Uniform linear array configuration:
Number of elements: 4
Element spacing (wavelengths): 0.75
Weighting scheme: exponential
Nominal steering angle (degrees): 0
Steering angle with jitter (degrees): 1.25
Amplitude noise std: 0.05
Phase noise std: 0.05

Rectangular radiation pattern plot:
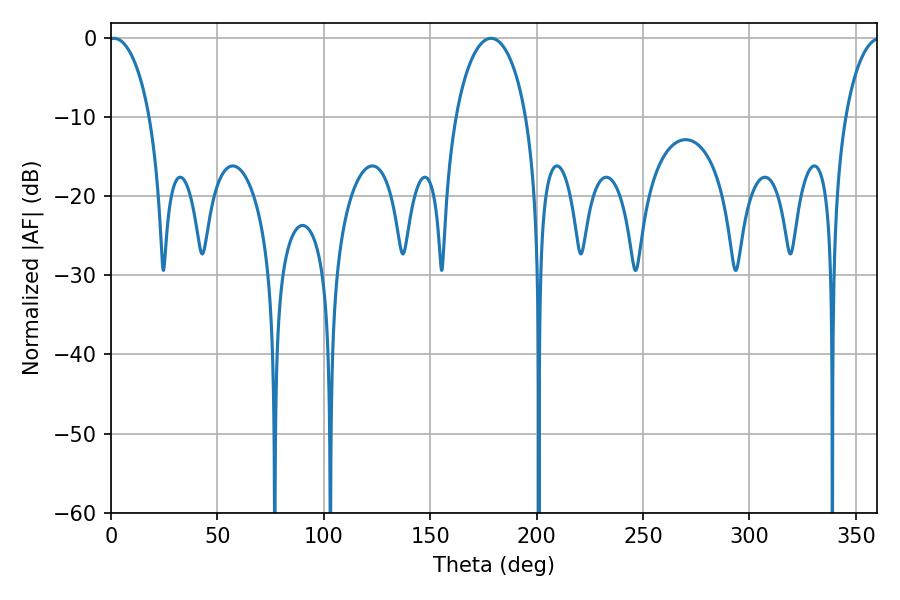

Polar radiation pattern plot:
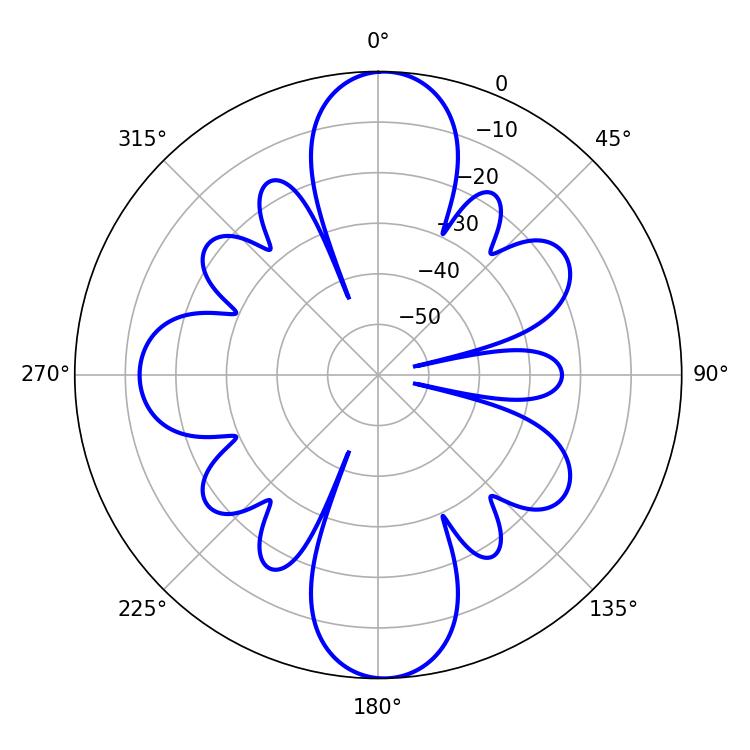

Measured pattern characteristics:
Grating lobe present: TRUE
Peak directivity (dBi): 31.183
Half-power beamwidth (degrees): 10.98
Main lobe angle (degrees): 1.44